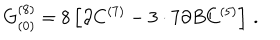
G _ { ( 0 ) } ^ { ( 8 ) } = 8 \left[ \partial C ^ { ( 7 ) } - 3 \cdot 7 \partial B C ^ { ( 5 ) } \right] \, .